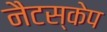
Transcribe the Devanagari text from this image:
नैटस्केप